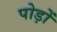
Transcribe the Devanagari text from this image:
पोड़ों